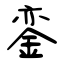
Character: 銮